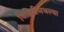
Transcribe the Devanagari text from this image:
विहिरींमधल्या